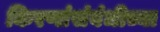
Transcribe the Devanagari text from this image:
किरणांसंबंधीच्या